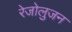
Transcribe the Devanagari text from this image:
रेजोलुजन